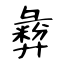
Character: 彜